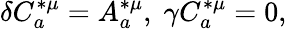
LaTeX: \delta C_{a}^{*\mu}=A_{a}^{*\mu},\; \gamma C_{a}^{*\mu}=0,